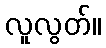
လူလွတ်။